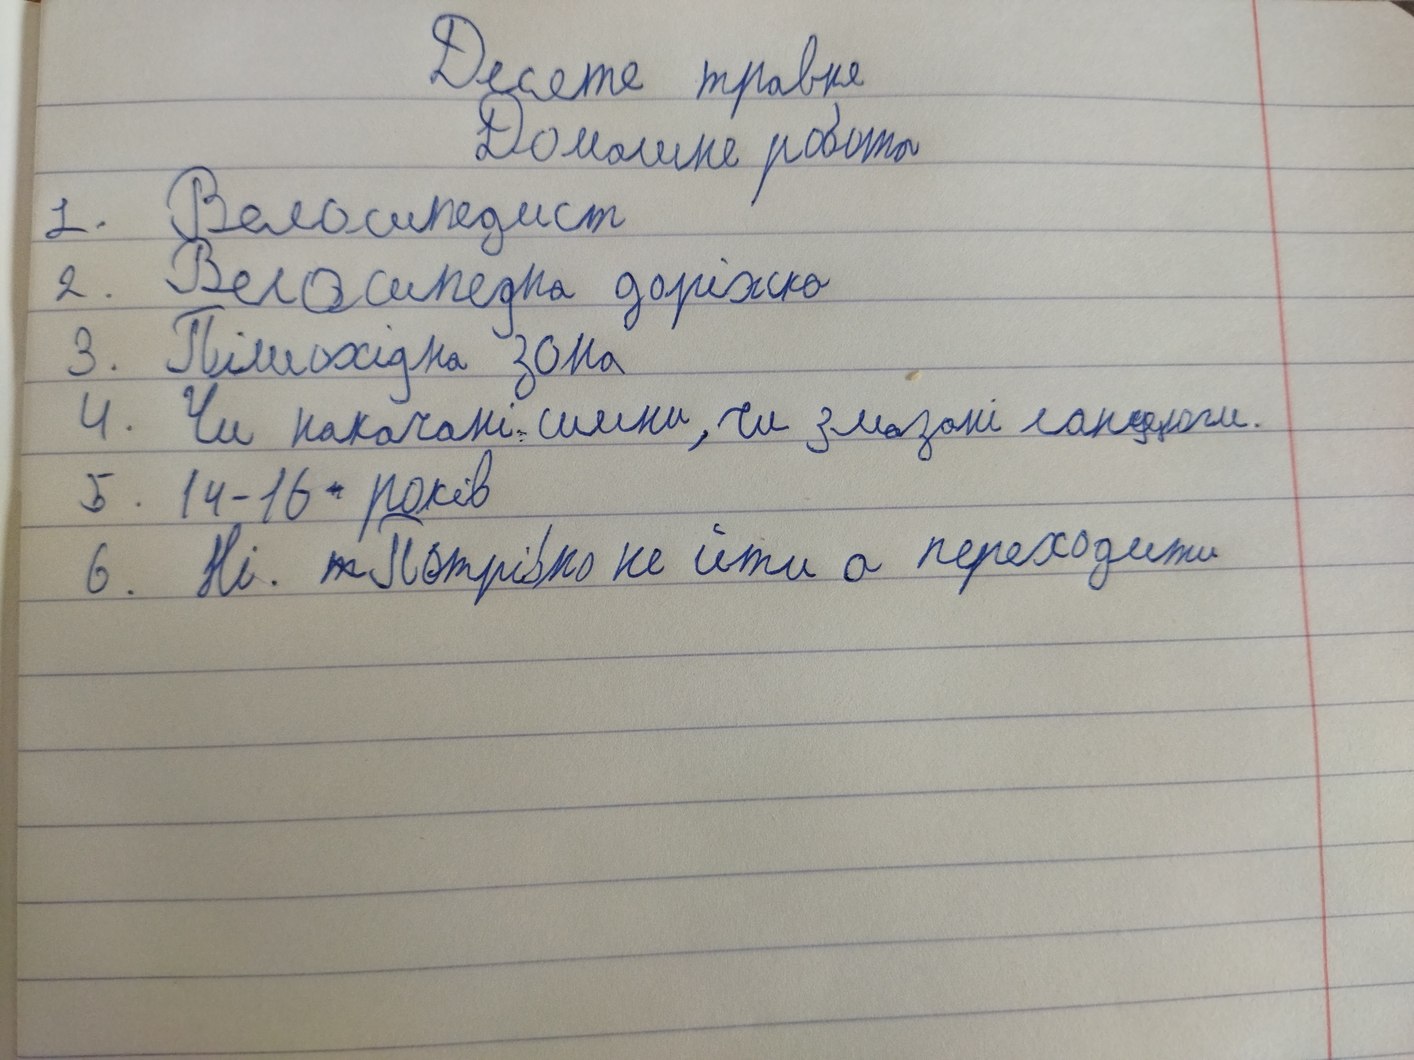
Десяте травня
Домашня робота
1. Велосипедист
2. Велосипедна доріжка
3. Пішохідна зона
4. Чи накачані шини, чи змазані ланцюги.
5. 14-16 років
6. Ні. ~~т~~ Потрібно не йти а переходити